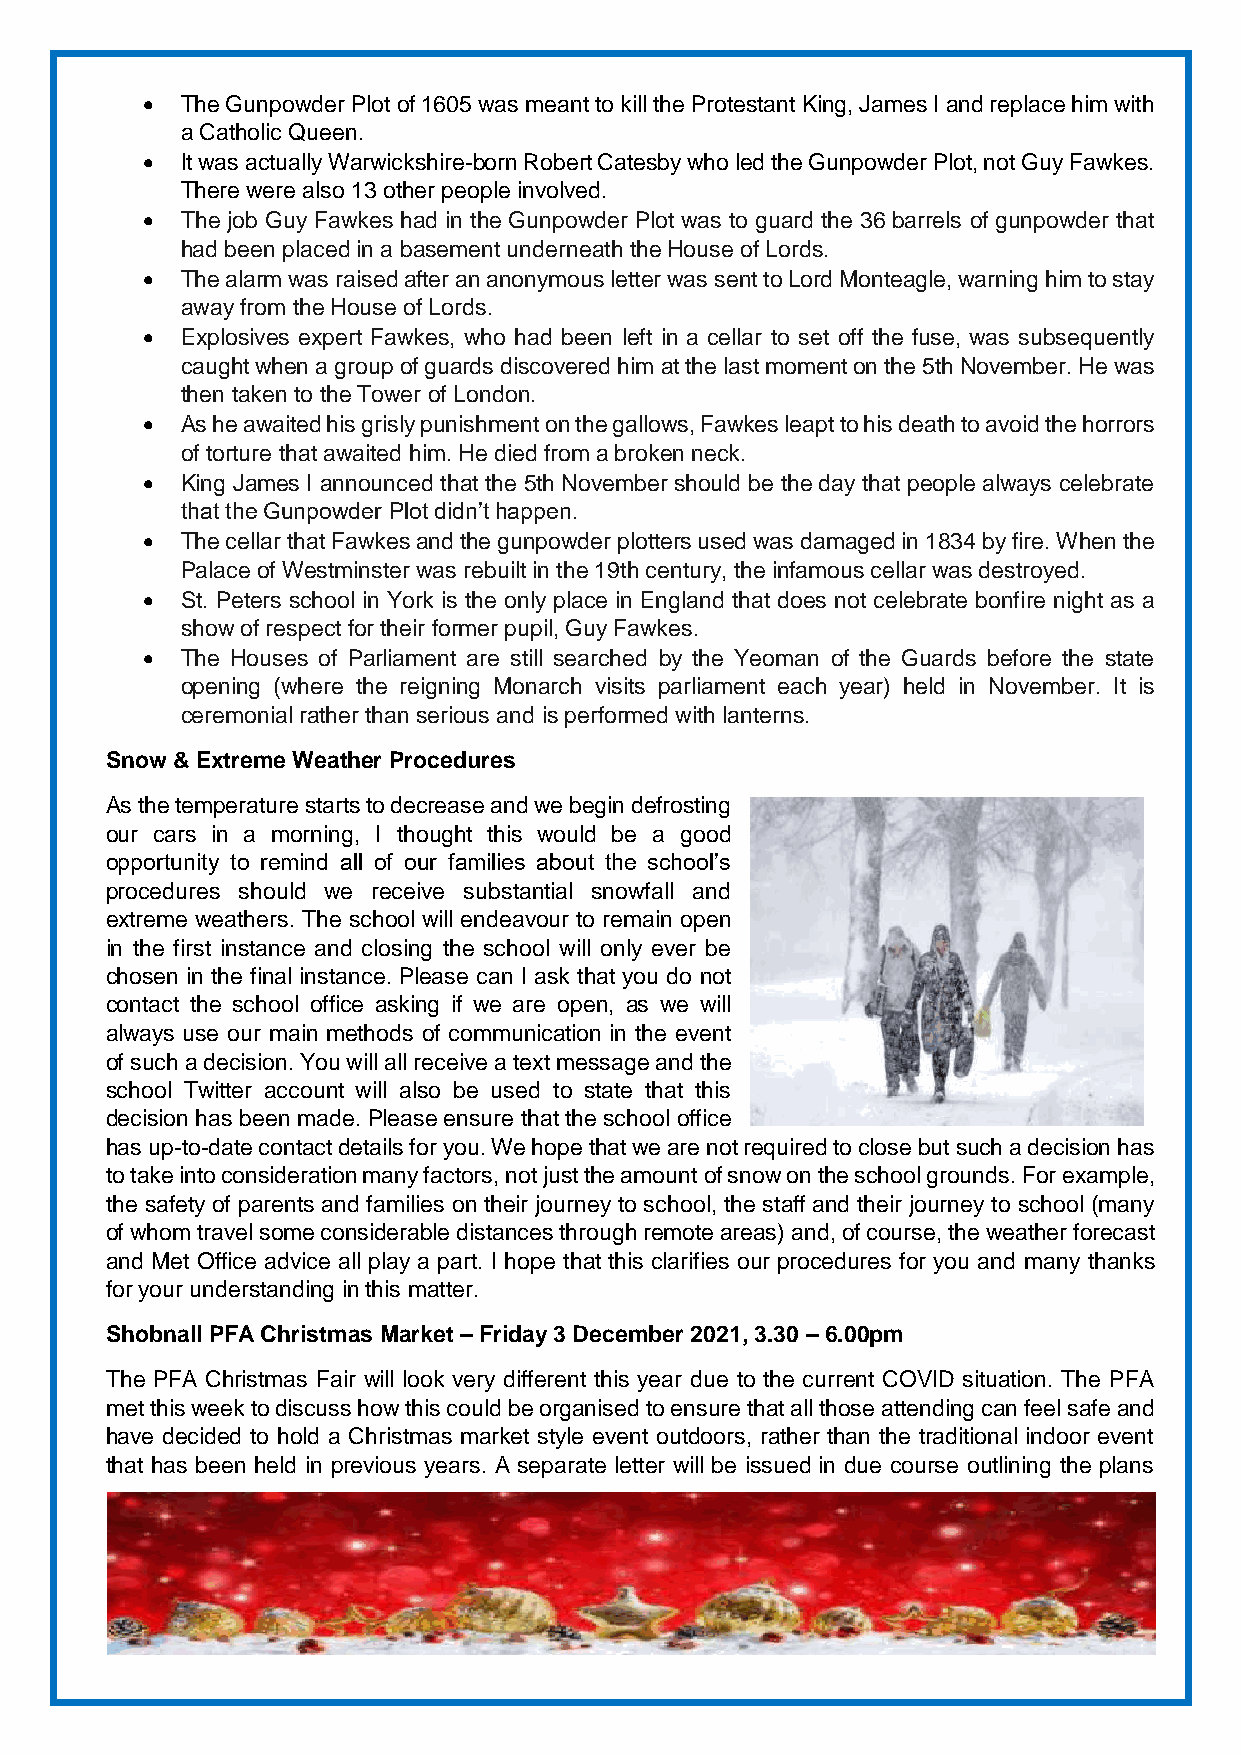
  The Gunpowder Plot of 1605 was meant to kill the Protestant King, James I and replace him with
 a Catholic Queen.
   It was actually Warwickshire-born Robert Catesby who led the Gunpowder Plot, not Guy Fawkes.
 There were also 13 other people involved.
   The job Guy Fawkes had in the Gunpowder Plot was to guard the 36 barrels of gunpowder that
 had been placed in a basement underneath the House of Lords.
   The alarm was raised after an anonymous letter was sent to Lord Monteagle, warning him to stay
 away from the House of Lords.
   Explosives expert Fawkes, who had been left in a cellar to set off the fuse, was subsequently
 caught when a group of guards discovered him at the last moment on the 5th November. He was
 then taken to the Tower of London.
   As he awaited his grisly punishment on the gallows, Fawkes leapt to his death to avoid the horrors
 of torture that awaited him. He died from a broken neck.
   King James I announced that the 5th November should be the day that people always celebrate
 that the Gunpowder Plot didn’t happen.
   The cellar that Fawkes and the gunpowder plotters used was damaged in 1834 by fire. When the
 Palace of Westminster was rebuilt in the 19th century, the infamous cellar was destroyed.
   St. Peters school in York is the only place in England that does not celebrate bonfire night as a
 show of respect for their former pupil, Guy Fawkes.
   The Houses of Parliament are still searched by the Yeoman of the Guards before the state
 opening (where the reigning Monarch visits parliament each year) held in November. It is
 ceremonial rather than serious and is performed with lanterns.
 Snow & Extreme Weather Procedures
 As the temperature starts to decrease and we begin defrosting
 our cars in a morning, I thought this would be a good
 opportunity to remind all of our families about the school’s
 procedures should we receive substantial snowfall and
 extreme weathers. The school will endeavour to remain open
 in the first instance and closing the school will only ever be
 chosen in the final instance. Please can I ask that you do not
 contact the school office asking if we are open, as we will
 always use our main methods of communication in the event
 of such a decision. You will all receive a text message and the
 school Twitter account will also be used to state that this
 decision has been made. Please ensure that the school office
 has up-to-date contact details for you. We hope that we are not required to close but such a decision has
 to take into consideration many factors, not just the amount of snow on the school grounds. For example,
 the safety of parents and families on their journey to school, the staff and their journey to school (many
 of whom travel some considerable distances through remote areas) and, of course, the weather forecast
 and Met Office advice all play a part. I hope that this clarifies our procedures for you and many thanks
 for your understanding in this matter.
 Shobnall PFA Christmas Market – Friday 3 December 2021, 3.30 – 6.00pm
 The PFA Christmas Fair will look very different this year due to the current COVID situation. The PFA
 met this week to discuss how this could be organised to ensure that all those attending can feel safe and
 have decided to hold a Christmas market style event outdoors, rather than the traditional indoor event
 that has been held in previous years. A separate letter will be issued in due course outlining the plans